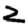
Digit: 2